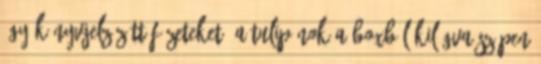
így könyvjelzőzött füzeteket, a tulipánok a boxból kilógva szépen